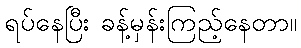
ရပ်နေပြီး ခန့်မှန်းကြည့်နေတာ။